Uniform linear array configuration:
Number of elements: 16
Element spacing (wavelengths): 0.75
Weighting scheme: binomial
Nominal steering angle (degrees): -15
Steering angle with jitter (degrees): -15.055
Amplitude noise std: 0.05
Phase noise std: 0.05

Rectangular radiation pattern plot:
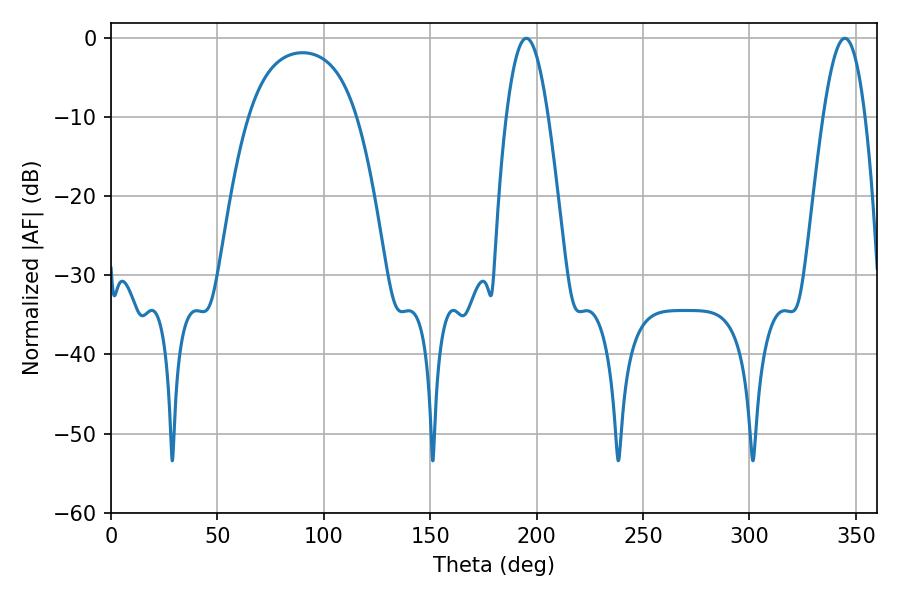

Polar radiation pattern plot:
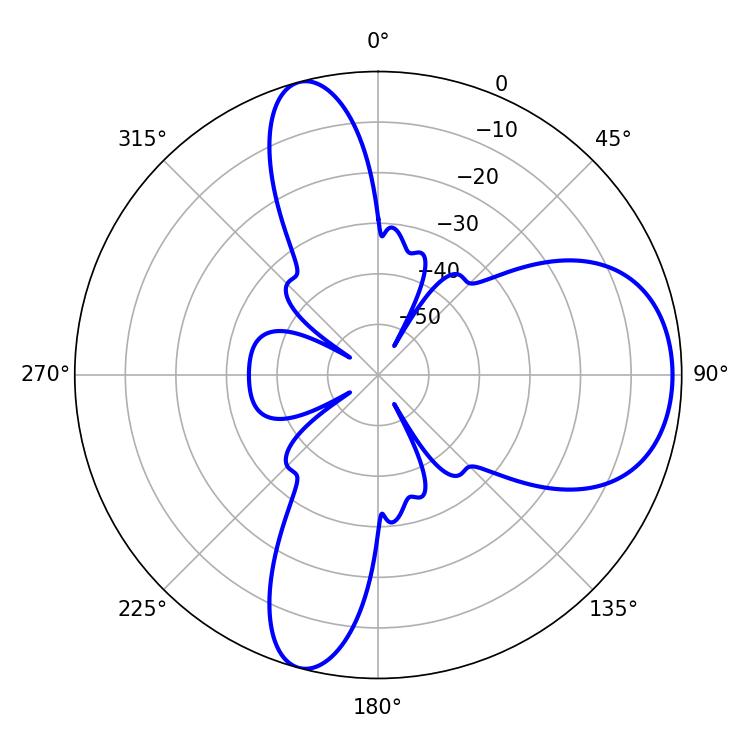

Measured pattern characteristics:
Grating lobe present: TRUE
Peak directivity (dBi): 8.492
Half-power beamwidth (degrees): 10.8
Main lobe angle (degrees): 195.12